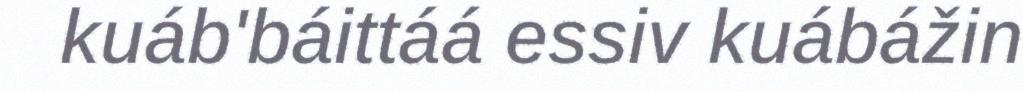
kuáb'báittáá essiv kuábážin